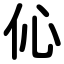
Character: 伈